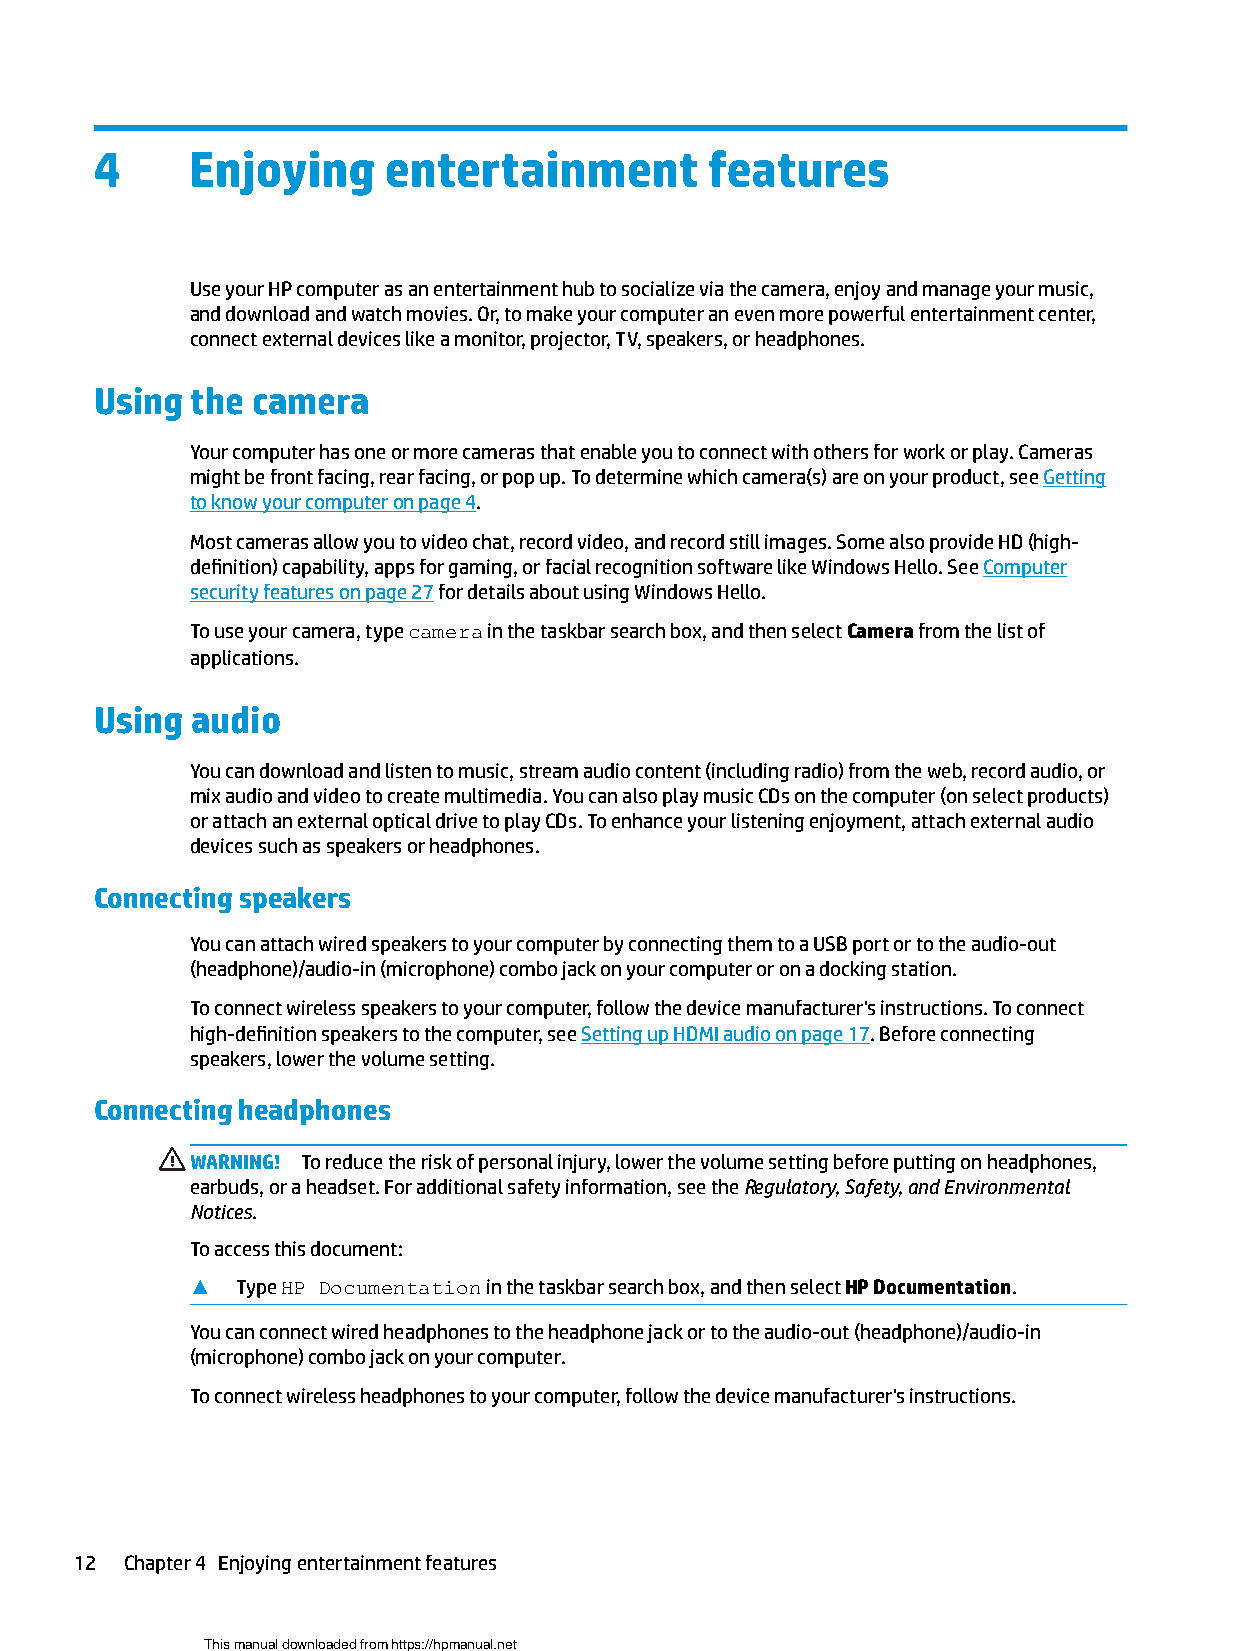
4     Enjoying     entertainment         features
 Use your HP computer as an entertainment hub to socialize via the camera, enjoy and manage your music,
 and download and watch movies. Or, to make your computer an even more powerful entertainment center,
 connect external devices like a monitor, projector, TV, speakers, or headphones.
 Using  the camera
 Your computer has one or more cameras that enable you to connect with others for work or play. Cameras
 might be front facing, rear facing, or pop up. To determine which camera(s) are on your product, see Getting
 to know your computer on page 4.
 Most cameras allow you to video chat, record video, and record still images. Some also provide HD (high-
 definition) capability, apps for gaming, or facial recognition software like Windows Hello. See Computer
 security features on page 27 for details about using Windows Hello.
 To use your camera, type camera in the taskbar search box, and then select Camera from the list of
 applications.
 Using  audio
 You can download and listen to music, stream audio content (including radio) from the web, record audio, or
 mix audio and video to create multimedia. You can also play music CDs on the computer (on select products)
 or attach an external optical drive to play CDs. To enhance your listening enjoyment, attach external audio
 devices such as speakers or headphones.
 Connecting speakers
 You can attach wired speakers to your computer by connecting them to a USB port or to the audio-out
 (headphone)/audio-in (microphone) combo jack on your computer or on a docking station.
 To connect wireless speakers to your computer, follow the device manufacturer's instructions. To connect
 high-definition speakers to the computer, see Setting up HDMI audio on page 17. Before connecting
 speakers, lower the volume setting.
 Connecting headphones
 WARNING! To reduce the risk of personal injury, lower the volume setting before putting on headphones,
 earbuds, or a headset. For additional safety information, see the Regulatory, Safety, and Environmental
 Notices.
 To access this document:
 ▲  Type HP Documentation in the taskbar search box, and then select HP Documentation.
 You can connect wired headphones to the headphone jack or to the audio-out (headphone)/audio-in
 (microphone) combo jack on your computer.
 To connect wireless headphones to your computer, follow the device manufacturer's instructions.
 12 Chapter 4 Enjoying entertainment features
 This manual downloaded from https://hpmanual.net